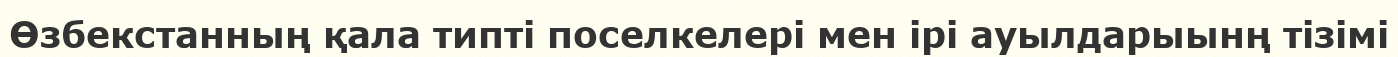
Өзбекстанның қала типті поселкелері мен ірі ауылдарыынң тізімі